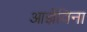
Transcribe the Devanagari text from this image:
आज्ञेविना